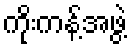
ကိုးကန့်အဖွဲ့